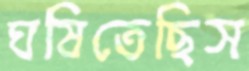
ঘষিতেছিস